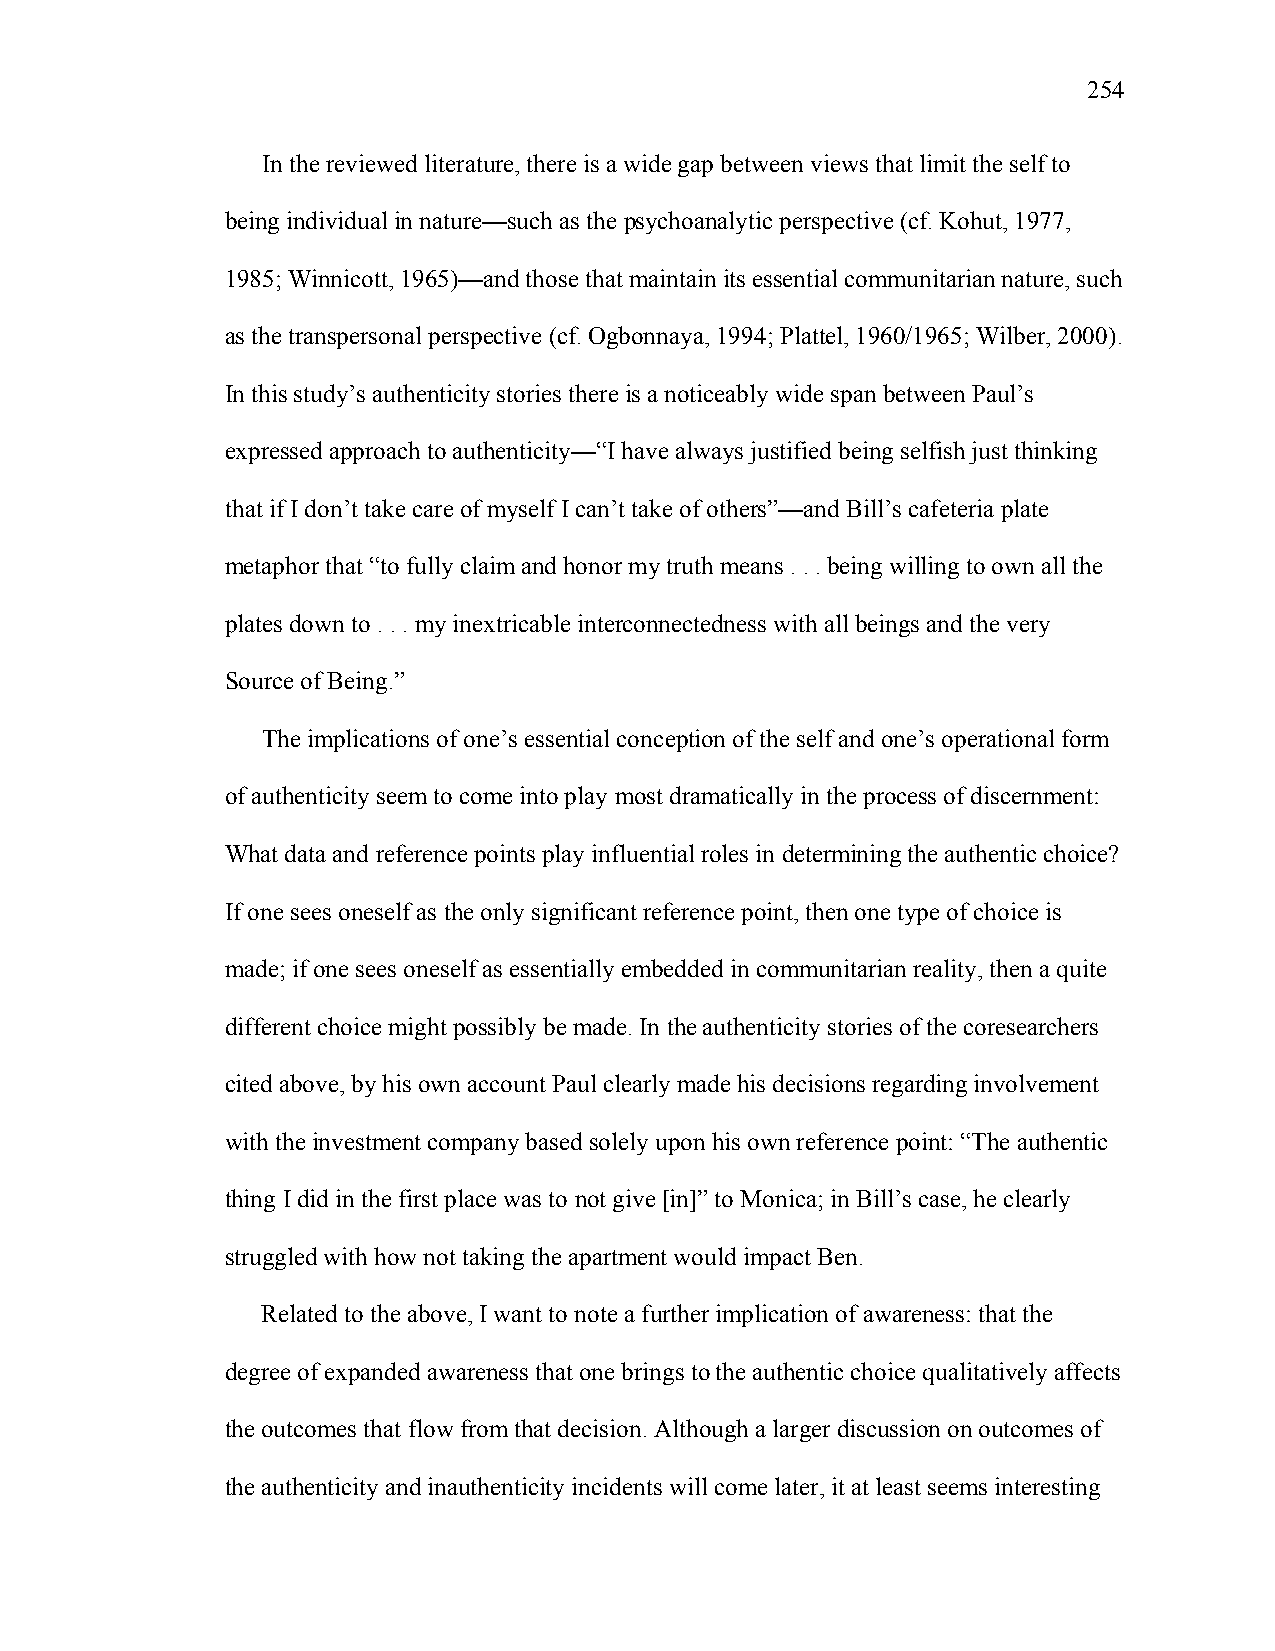
254
 In the reviewed literature, there is a wide gap between views that limit the self to
 being individual in nature—such as the psychoanalytic perspective (cf. Kohut, 1977,
 1985; Winnicott, 1965)—and those that maintain its essential communitarian nature, such
 as the transpersonal perspective (cf. Ogbonnaya, 1994; Plattel, 1960/1965; Wilber, 2000).
 In this study’s authenticity stories there is a noticeably wide span between Paul’s
 expressed approach to authenticity—“I have always justified being selfish just thinking
 that if I don’t take care of myself I can’t take of others”—and Bill’s cafeteria plate
 metaphor that “to fully claim and honor my truth means . . . being willing to own all the
 plates down to . . . my inextricable interconnectedness with all beings and the very
 Source of Being.”
 The implications of one’s essential conception of the self and one’s operational form
 of authenticity seem to come into play most dramatically in the process of discernment:
 What data and reference points play influential roles in determining the authentic choice?
 If one sees oneself as the only significant reference point, then one type of choice is
 made; if one sees oneself as essentially embedded in communitarian reality, then a quite
 different choice might possibly be made. In the authenticity stories of the coresearchers
 cited above, by his own account Paul clearly made his decisions regarding involvement
 with the investment company based solely upon his own reference point: “The authentic
 thing I did in the first place was to not give [in]” to Monica; in Bill’s case, he clearly
 struggled with how not taking the apartment would impact Ben.
 Related to the above, I want to note a further implication of awareness: that the
 degree of expanded awareness that one brings to the authentic choice qualitatively affects
 the outcomes that flow from that decision. Although a larger discussion on outcomes of
 the authenticity and inauthenticity incidents will come later, it at least seems interesting